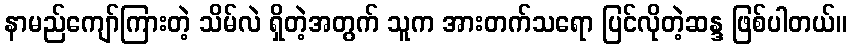
နာမည်ကျော်ကြားတဲ့ သိမ်လဲ ရှိတဲ့အတွက် သူက အားတက်သရော ပြင်လိုတဲ့ဆန္ဒ ဖြစ်ပါတယ်။